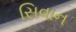
સિવાન